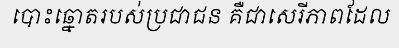
បោះឆ្នោតរបស់ប្រជាជន គឺជាសេរីភាពដែល